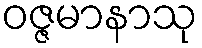
ဝဇ္ဇမာနာသု